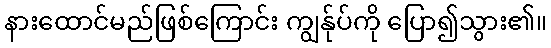
နားထောင်မည်ဖြစ်ကြောင်း ကျွန်ုပ်ကို ပြော၍သွား၏။